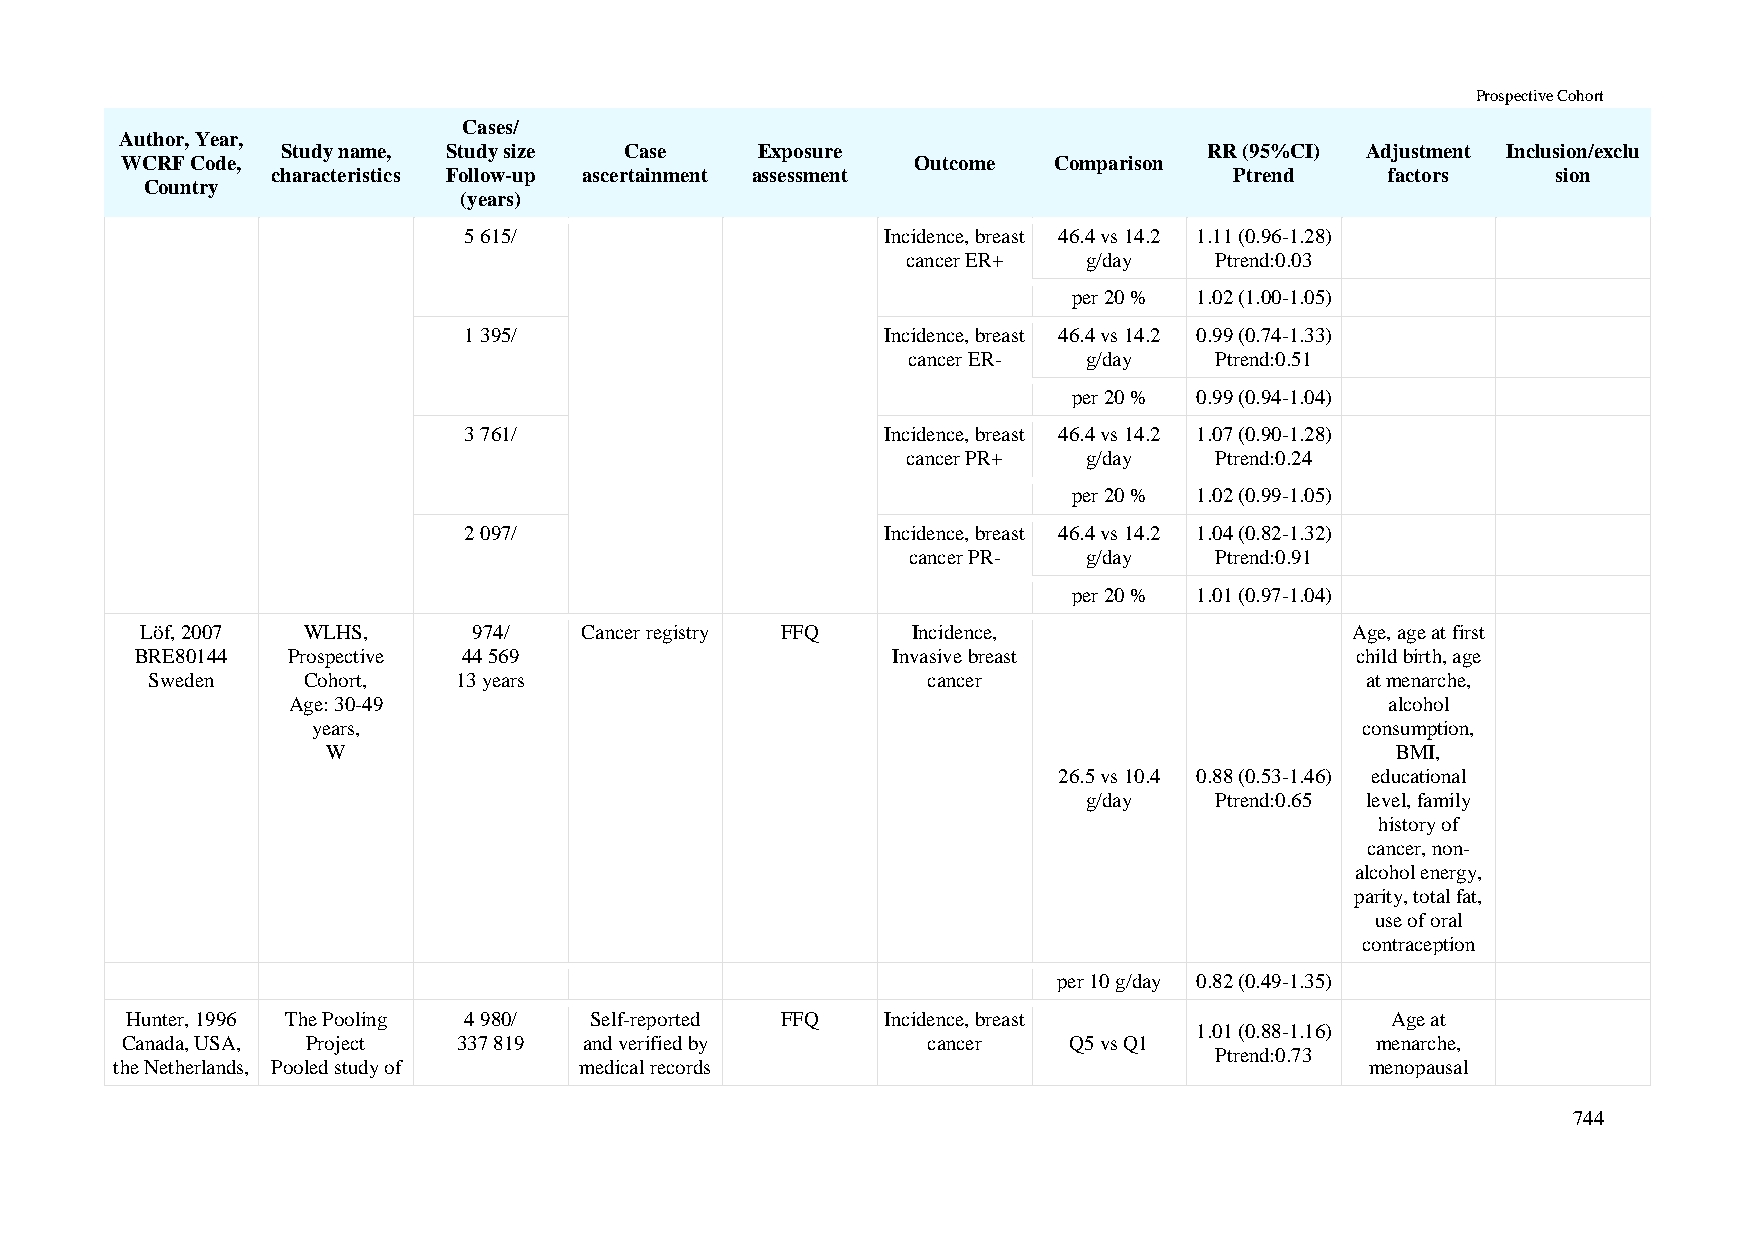
Prospective Cohort
 Cases/
 Author, Year,
 Study name, Study size Case    Exposure                      RR (95%CI) Adjustment Inclusion/exclu
 WCRF Code,                                           Outcome  Comparison
 characteristics Follow-up ascertainment assessment              Ptrend    factors    sion
 Country
 (years)
 5 615/                      Incidence, breast 46.4 vs 14.2 1.11 (0.96-1.28)
 cancer ER+  g/day   Ptrend:0.03
 per 20 % 1.02 (1.00-1.05)
 1 395/                      Incidence, breast 46.4 vs 14.2 0.99 (0.74-1.33)
 cancer ER-  g/day   Ptrend:0.51
 per 20 % 0.99 (0.94-1.04)
 3 761/                      Incidence, breast 46.4 vs 14.2 1.07 (0.90-1.28)
 cancer PR+  g/day   Ptrend:0.24
 per 20 % 1.02 (0.99-1.05)
 2 097/                      Incidence, breast 46.4 vs 14.2 1.04 (0.82-1.32)
 cancer PR-  g/day   Ptrend:0.91
 per 20 % 1.01 (0.97-1.04)
 Löf, 2007  WLHS,      974/   Cancer registry FFQ   Incidence,                    Age, age at first
 BRE80144  Prospective 44 569                      Invasive breast                child birth, age
 Sweden    Cohort,   13 years                       cancer                       at menarche,
 Age: 30-49                                                               alcohol
 years,                                                               consumption,
 W                                                                     BMI,
 26.5 vs 10.4 0.88 (0.53-1.46) educational
 g/day   Ptrend:0.65 level, family
 history of
 cancer, non-
 alcohol energy,
 parity, total fat,
 use of oral
 contraception
 per 10 g/day 0.82 (0.49-1.35)
 Hunter, 1996 The Pooling 4 980/ Self-reported FFQ  Incidence, breast                Age at
 1.01 (0.88-1.16)
 Canada, USA, Project  337 819  and verified by       cancer    Q5 vs Q1            menarche,
 Ptrend:0.73
 the Netherlands, Pooled study of medical records                                   menopausal
 744